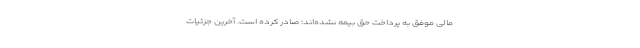
مالی موفق به پرداخت حق بیمه نشده‌اند؛ صادر کرده است. آخرین جزئیات